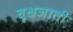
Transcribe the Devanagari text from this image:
वृक्षजाती